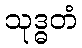
သုဒ္ဓတံ